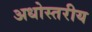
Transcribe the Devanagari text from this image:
अधोस्तरीय